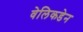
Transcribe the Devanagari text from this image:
वेलिकडेन